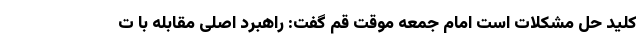
کلید حل مشکلات است امام جمعه موقت قم گفت: راهبرد اصلی مقابله با ت